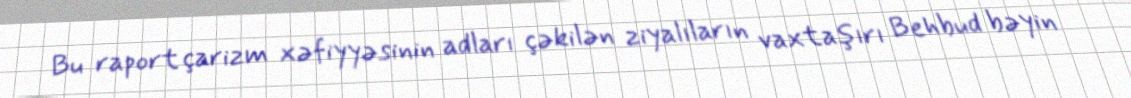
Bu raport çarizm xəfiyyəsinin adları çəkilən ziyalıların vaxtaşırı Behbud bəyin